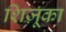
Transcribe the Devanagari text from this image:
शिज़ूका